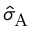
\hat { \sigma } _ { \mathrm { A } }